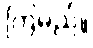
ကြမည်။